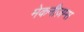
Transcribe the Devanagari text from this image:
मेकनीज़म्स